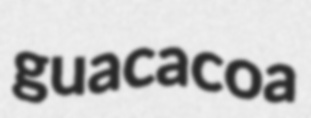
guacacoa